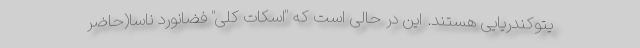
یتوکندریایی هستند. این در حالی است که "اسکات کلی" فضانورد ناسا(حاضر